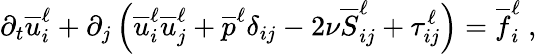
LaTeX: \partial_{t}\overline{{u}}_{i}^{\ell}+\partial_{j}\left(\overline{{u}}_{i}^{\ell}\overline{{u}}_{j}^{\ell}+\overline{{p}}^{\ell}\delta_{ij}-2\nu\overline{{S}}_{ij}^{\ell}+\tau_{ij}^{\ell}\right)=\overline{{f}}_{i}^{\ell}\ ,